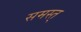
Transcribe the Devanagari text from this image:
समस्त्